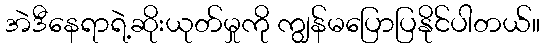
အဲဒီနေရာရဲ့ဆိုးယုတ်မှုကို ကျွန်မပြောပြနိုင်ပါတယ်။